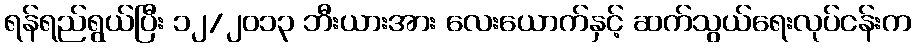
ရန်ရည်ရွယ်ပြီး ၁၂/၂၀၁၃ ဘီးယားအား လေးယောက်နှင့် ဆက်သွယ်ရေးလုပ်ငန်းက